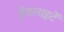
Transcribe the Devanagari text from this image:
हेडलाइटें